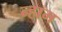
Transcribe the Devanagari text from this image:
न्हाम